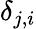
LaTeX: \delta_{j,i}